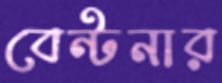
বেন্টনার